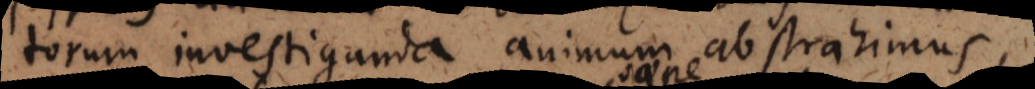
torum investiganda animum abstrahimus,